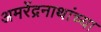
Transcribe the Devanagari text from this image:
अमरेंद्रनाथांच्या